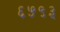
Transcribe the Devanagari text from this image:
६५९३